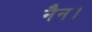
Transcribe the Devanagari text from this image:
नैन।